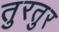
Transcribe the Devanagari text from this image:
तुरतुर